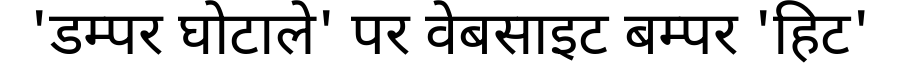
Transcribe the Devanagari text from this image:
'डम्पर घोटाले' पर वेबसाइट बम्पर 'हिट'